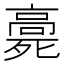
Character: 𩫓